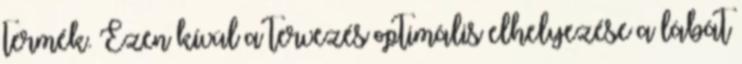
termék. Ezen kívül a tervezés optimális elhelyezése a lábát